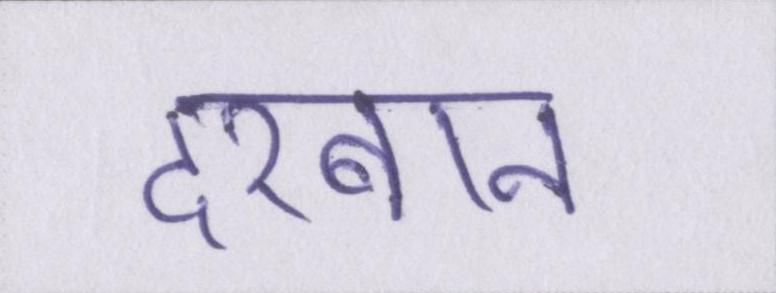
दरबान